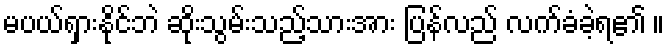
မပယ်ရှားနိုင်ဘဲ ဆိုးသွမ်းသည့်သားအား ပြန်လည် လက်ခံခဲ့ရ၏ ။